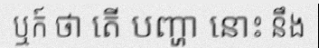
ឬក៍ ថា តើ បញ្ហា នោះ នឹង